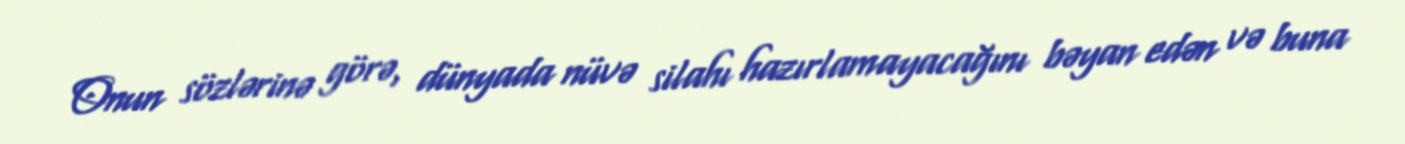
Onun sözlərinə görə, dünyada nüvə silahı hazırlamayacağını bəyan edən və buna